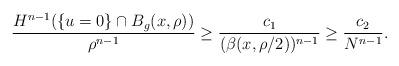
LaTeX: \begin{align*} \frac{H^{n-1}(\{u=0\}\cap B_g(x,\rho))}{ \rho^{n-1}} \geq \frac{c_1}{(\beta(x,\rho/2))^{n-1}} \geq \frac{c_2}{N^{n-1}}.\end{align*}